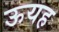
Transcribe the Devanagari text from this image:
ऊयह